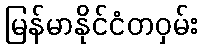
မြန်မာနိုင်ငံတဝှမ်း